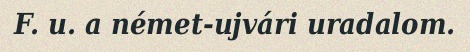
F. u. a német-ujvári uradalom.